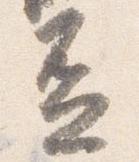
盃